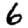
Digit: 6